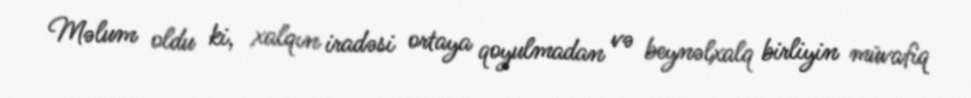
Məlum oldu ki, xalqın iradəsi ortaya qoyulmadan və beynəlxalq birliyin müvafiq